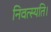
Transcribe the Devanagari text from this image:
निवत्स्यति।